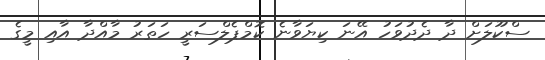
ސްކޫލަށް ދާ ދެދުވަހު އޭނަ ކިޔަވާނެ ކޮމްޕެލްސަރީ ހަތަރު މާއްދާ އާއި މީގެ